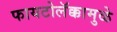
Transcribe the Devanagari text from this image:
फायटोलॅक्कामुळे